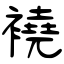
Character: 襓